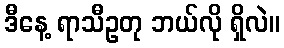
ဒီနေ့ ရာသီဥတု ဘယ်လို ရှိလဲ။